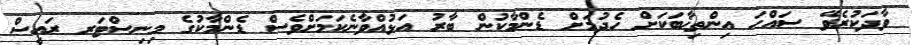
ވާދަކުރެވޭ ސައްޙަ އިންތިޚާބަކަށް ހެދުމަށް ޑެންމާކުން ބާރު އަޅުއްވާނެކަމަށްވެސް ޑެންމާކުގެ މިނިސްޓަރ ރައީސް